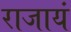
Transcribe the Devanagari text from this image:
राजायं